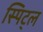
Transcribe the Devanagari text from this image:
स्पिट्ल